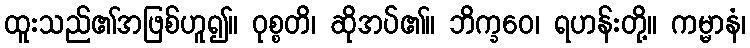
ထူးသည်၏အဖြစ်ဟူ၍။ ဝုစ္စတိ၊ ဆိုအပ်၏။ ဘိက္ခဝေ၊ ရဟန်းတို့။ ကမ္မာနံ၊